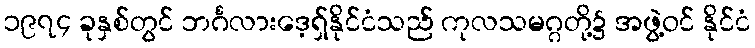
၁၉၇၄ ခုနှစ်တွင် ဘင်္ဂလားဒေ့ရှ်နိုင်ငံသည် ကုလသမဂ္ဂတို့၌ အဖွဲ့ဝင် နိုင်ငံ